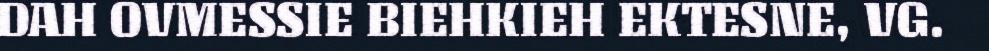
DAH OVMESSIE BIEHKIEH EKTESNE, VG.